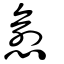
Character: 愈